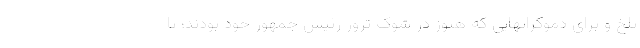
تلخ و برای دموکراتهایی که هنوز در شوک ترور رئیس جمهور خود بودند؛ تا